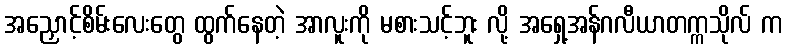
အညှောင့်စိမ်းလေးတွေ ထွက်နေတဲ့ အာလူးကို မစားသင့်ဘူး လို့ အရှေ့အန်ဂလီယာတက္ကသိုလ် က